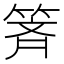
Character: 𰪄